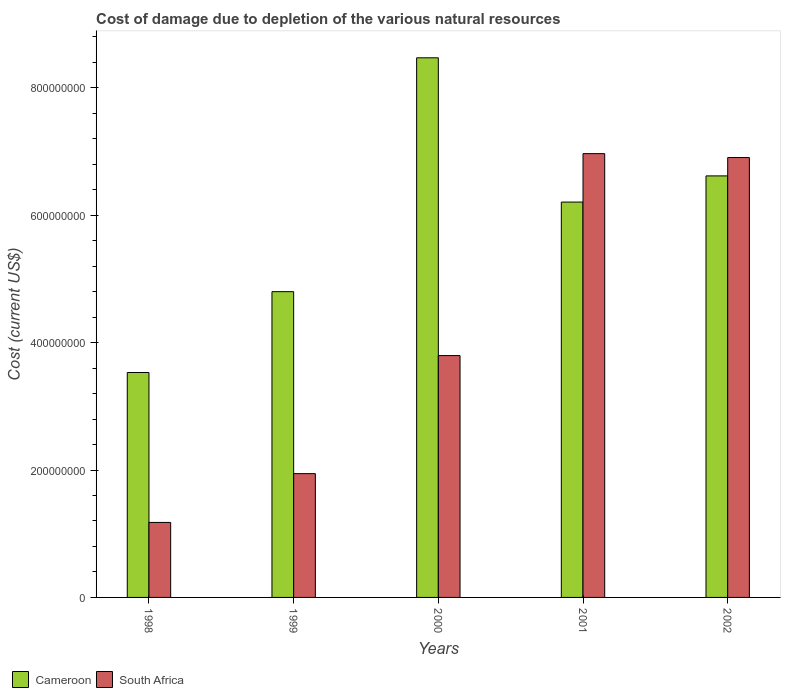
| Years | Cameroon | South Africa |
 | --- | --- | --- |
 | 1998 | 3.53e+08 | 1.18e+08 |
 | 1999 | 4.8e+08 | 1.94e+08 |
 | 2000 | 8.47e+08 | 3.8e+08 |
 | 2001 | 6.21e+08 | 6.97e+08 |
 | 2002 | 6.62e+08 | 6.91e+08 |